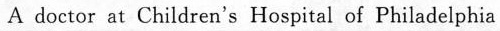
A doctor at Children's Hospital of Philadelphia